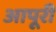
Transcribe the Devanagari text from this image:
आपूरी